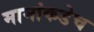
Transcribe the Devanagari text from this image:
मामांकडेच